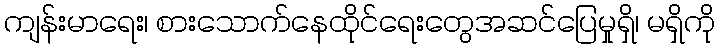
ကျန်းမာရေး၊ စားသောက်နေထိုင်ရေးတွေအဆင်ပြေမှုရှိ၊ မရှိကို